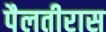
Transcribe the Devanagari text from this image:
पैलतीरास